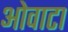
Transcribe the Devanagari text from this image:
ओवाटा